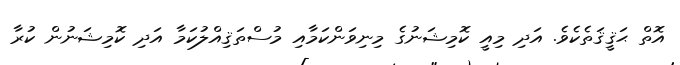
އޮތް ޙަޤީޤަތެކެވެ. އަދި މިއީ ކޮމިޝަނުގެ މިނިވަންކަމާއި މުސްތަޤިއްލުކަމާ އަދި ކޮމިޝަނުން ކުރާ